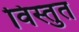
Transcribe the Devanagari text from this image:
विस्तुत